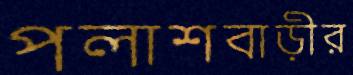
পলাশবাড়ীর